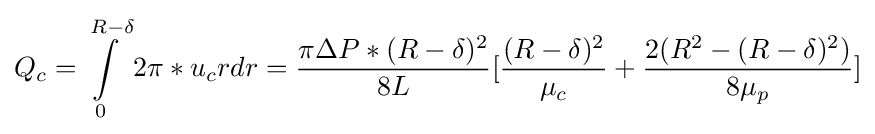
Q_{c}=\int \limits _{0}^{R-\delta }2\pi *u_{c}rdr={\frac {\pi \Delta P*(R-\delta )^{2}}{8L}}[{\frac {(R-\delta )^{2}}{\mu _{c}}}+{\frac {2(R^{2}-(R-\delta )^{2})}{8\mu _{p}}}]